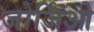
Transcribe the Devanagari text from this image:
जोर्जिओ